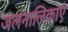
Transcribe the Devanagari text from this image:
जलनालिकाएं